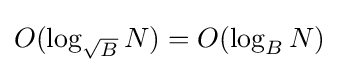
O(\log _{\sqrt {B}}N)=O(\log _{B}N)